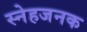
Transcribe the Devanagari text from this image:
स्नेहजनक